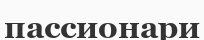
пассионари